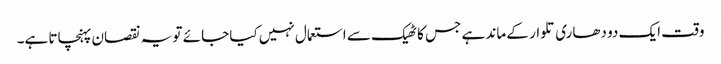
وقت ایک دو دھاری تلوار کے ماند ہے جس کا ٹھیک سے استعمال نہیں کیا جائے تو یہ نقصان پہنچاتا ہے۔